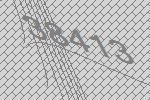
38413